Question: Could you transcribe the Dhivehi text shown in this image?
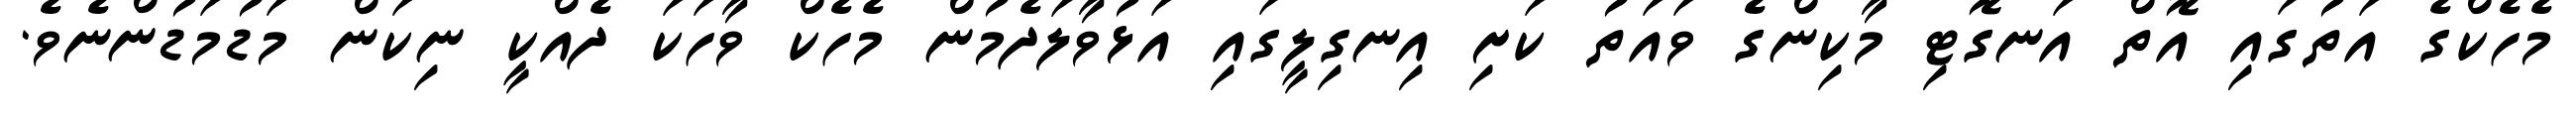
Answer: މެހެކްގެ އަތުގައި އޮތް އަނގޮޓި މާކިންގެ ވައަތު ކަށި އިނގިލީގައި އަޅުވާލަދެމުން މެހެކް ވާހަކަ ދެއްކީ ނިކަން މަޑުމަޑުންނެވެ.